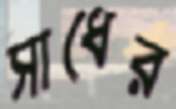
সাধের